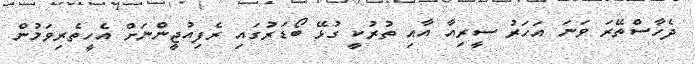
ދެހާސްތޭރަ ވަނަ އަހަރު ސީރިއާ އާއި ތުރުކީ ގުޅޭ ބޯޑަރުގައި ރެފިއުޖީންނަށް އެހީތެރިވަމުން